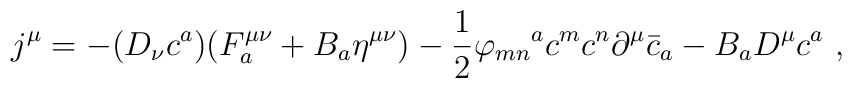
j^{\mu} = -(D_{\nu}c^{a})(F_{a}^{\mu \nu} + B_{a}\eta^{\mu \nu}) - \frac{1}{2} {\varphi_{m n}}^{a} c^{m}c^{n}\partial^{\mu}{\bar{c}}_{a} - B_{a} D^{\mu} c^{a}~,